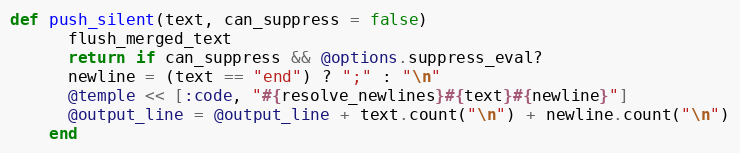
Language: Ruby
def push_silent(text, can_suppress = false)
      flush_merged_text
      return if can_suppress && @options.suppress_eval?
      newline = (text == "end") ? ";" : "\n"
      @temple << [:code, "#{resolve_newlines}#{text}#{newline}"]
      @output_line = @output_line + text.count("\n") + newline.count("\n")
    end